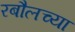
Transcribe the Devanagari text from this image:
रबौलच्या